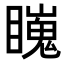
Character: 𥋳